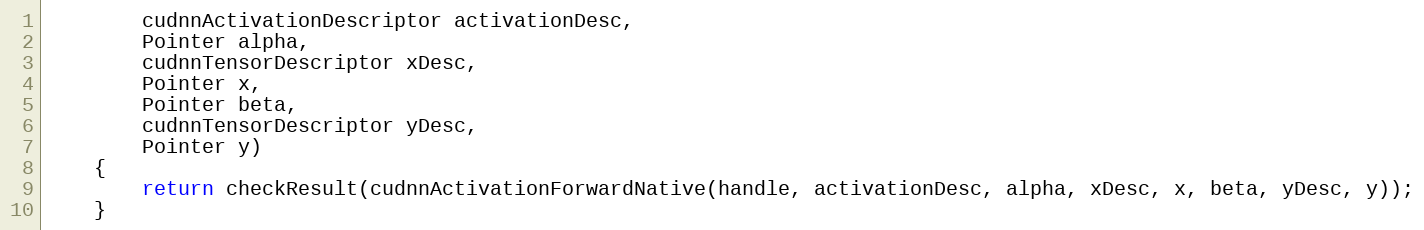
Language: Java
        cudnnActivationDescriptor activationDesc,
        Pointer alpha,
        cudnnTensorDescriptor xDesc,
        Pointer x,
        Pointer beta,
        cudnnTensorDescriptor yDesc,
        Pointer y)
    {
        return checkResult(cudnnActivationForwardNative(handle, activationDesc, alpha, xDesc, x, beta, yDesc, y));
    }